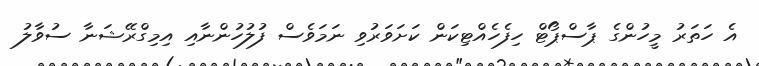
އެ ހަތަރު މީހުންގެ ޕާސްޕޯޓް ހިފެހެއްޓިކަން ކަށަވަރުވި ނަމަވެސް ފުލުހުންނާއި އިމިގްރޭޝަނާ ސުވާލު